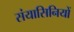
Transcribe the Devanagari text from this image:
संयासिनियों